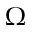
\Omega